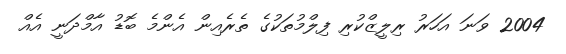
2004 ވަނަ އަހަރު ރިލީޒްކުރި ފިލްމުތަކުގެ ތެރެއިން އެންމެ ބޮޑު އާމްދަނީ އެއް